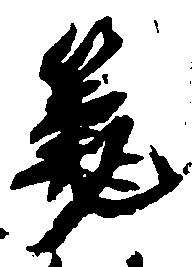
筆